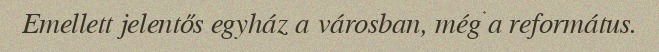
Emellett jelentős egyház a városban, még a református.